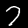
Digit: 7